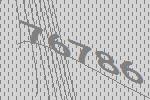
76786